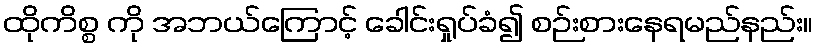
ထိုကိစ္စ ကို အဘယ်ကြောင့် ခေါင်းရှုပ်ခံ၍ စဉ်းစားနေရမည်နည်း။